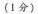
(1分)